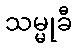
သမ္မုခီ